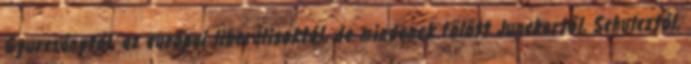
Gyurcsánytól, az európai liberálisoktól, de mindenek fölött Junckertől, Schulcztól,